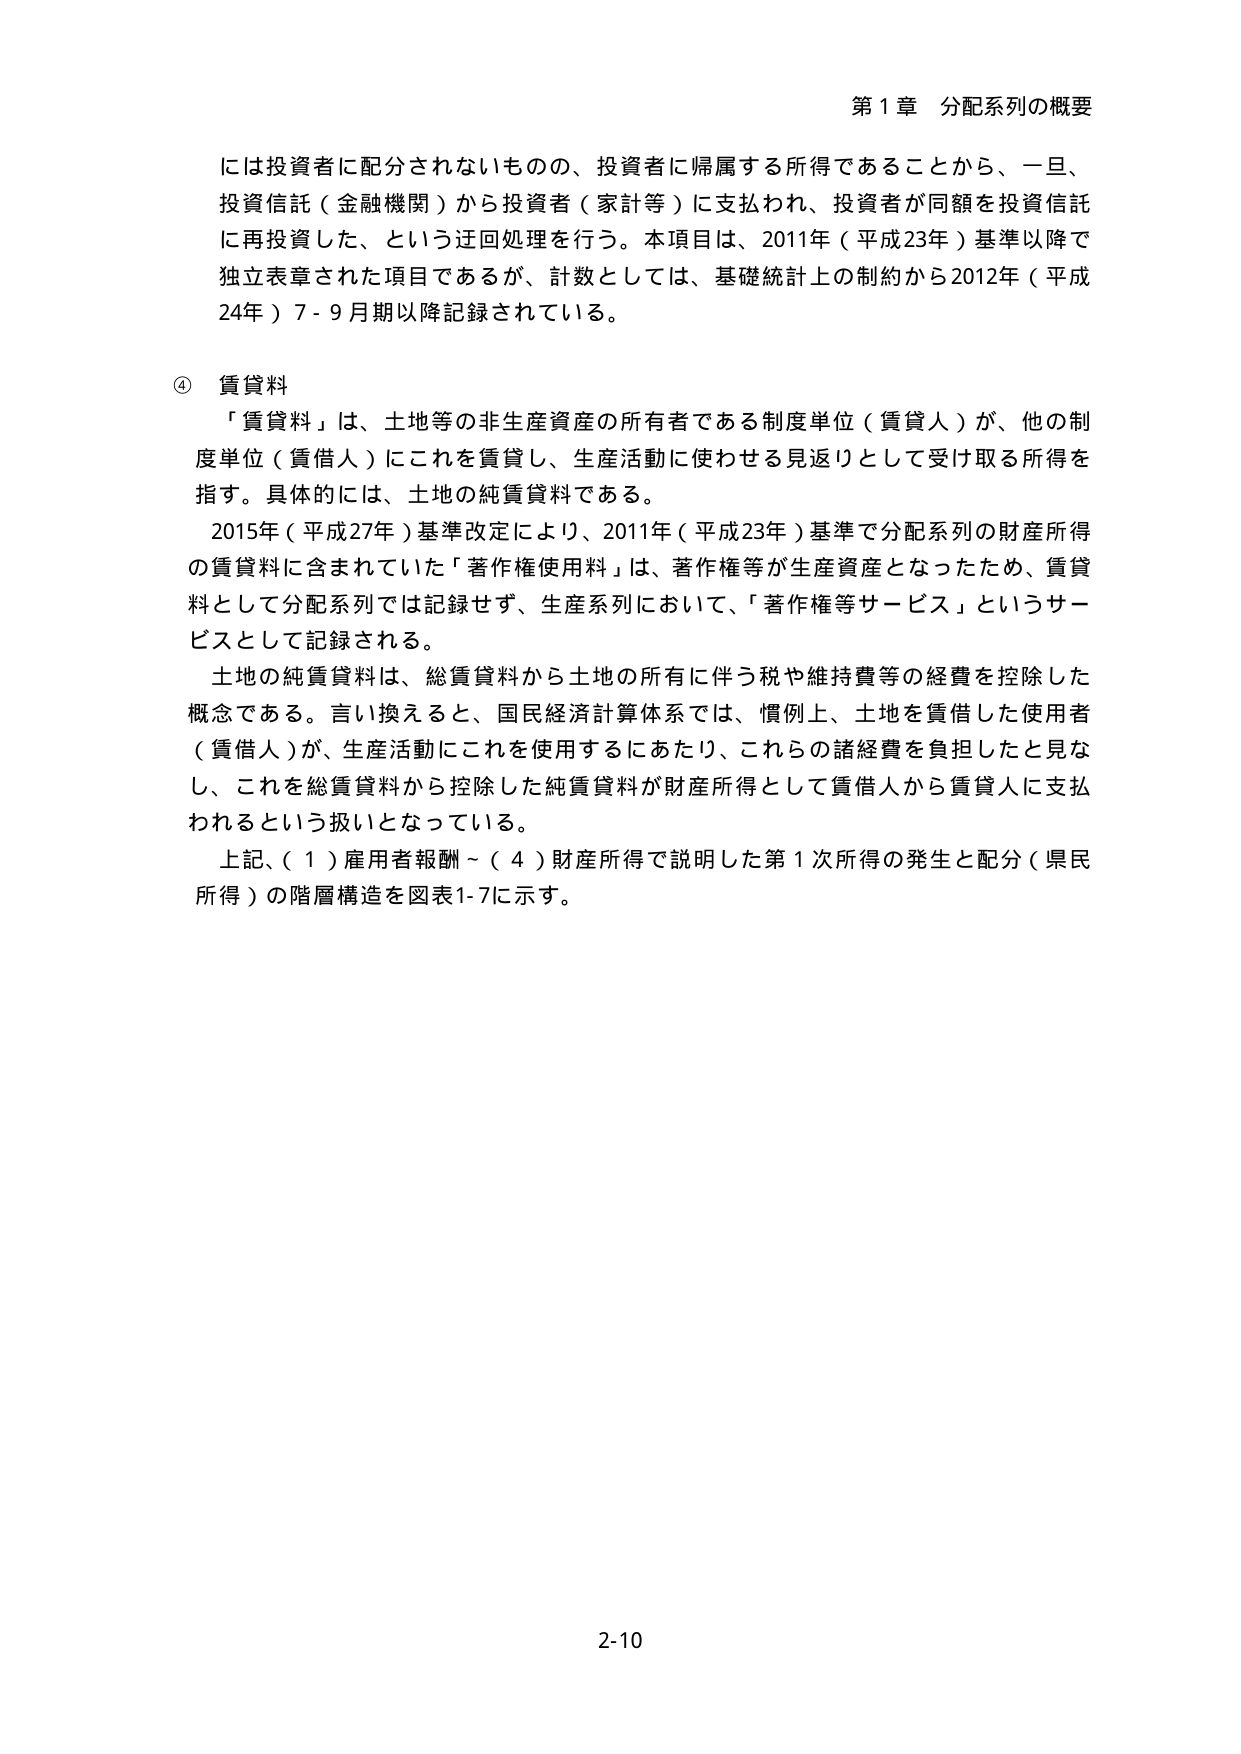
第１章 分配系列の概要

には投資者に配分されないものの、投資者に帰属する所得であることから、一旦、
投資信託（金融機関）から投資者（家計等）に支払われ、投資者が同額を投資信託
に再投資した、という迂回処理を行う。本項目は、2011年（平成23年）基準以降で
独立表章された項目であるが、計数としては、基礎統計上の制約から2012年（平成
24年）7-9月期以降記録されている。

④ 賃貸料
「賃貸料」は、土地等の非生産資産の所有者である制度単位（賃貸人）が、他の制
度単位（賃借人）にこれを賃貸し、生産活動に使わせる見返りとして受け取る所得を
指す。具体的には、土地の純賃貸料である。
2015年（平成27年）基準改定により、2011年（平成23年）基準で分配系列の財産所得
の賃貸料に含まれていた「著作権使用料」は、著作権等が生産資産となったため、賃貸
料として分配系列では記録せず、生産系列において、「著作権等サービス」というサー
ビスとして記録される。
土地の純賃貸料は、総賃貸料から土地の所有に伴う税や維持費等の経費を控除した
概念である。言い換えると、国民経済計算体系では、慣例上、土地を賃借した使用者
（賃借人）が、生産活動にこれを使用するにあたり、これらの諸経費を負担したと見な
し、これを総賃貸料から控除した純賃貸料が財産所得として賃借人から賃貸人に支払
われるという扱いとなっている。
上記、（１）雇用者報酬～（４）財産所得で説明した第１次所得の発生と配分（県民
所得）の階層構造を図表1-7に示す。

2-10